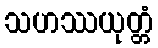
သဟဿယုတ္တံ